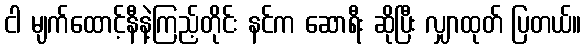
ငါ မျက်ထောင့်နီနဲ့ကြည့်တိုင်း နင်က ဆောရီး ဆိုပြီး လျှာထုတ် ပြတယ်။